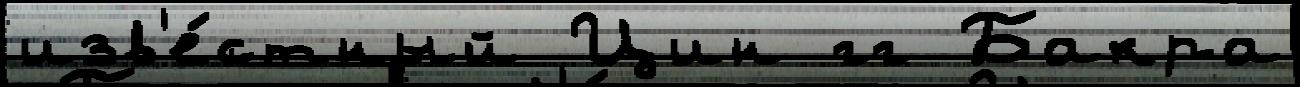
изв'е́стный Цин гг Бакра